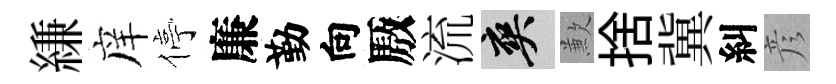
縑庠停廉勤向厫流爽歉捨冀糾彦